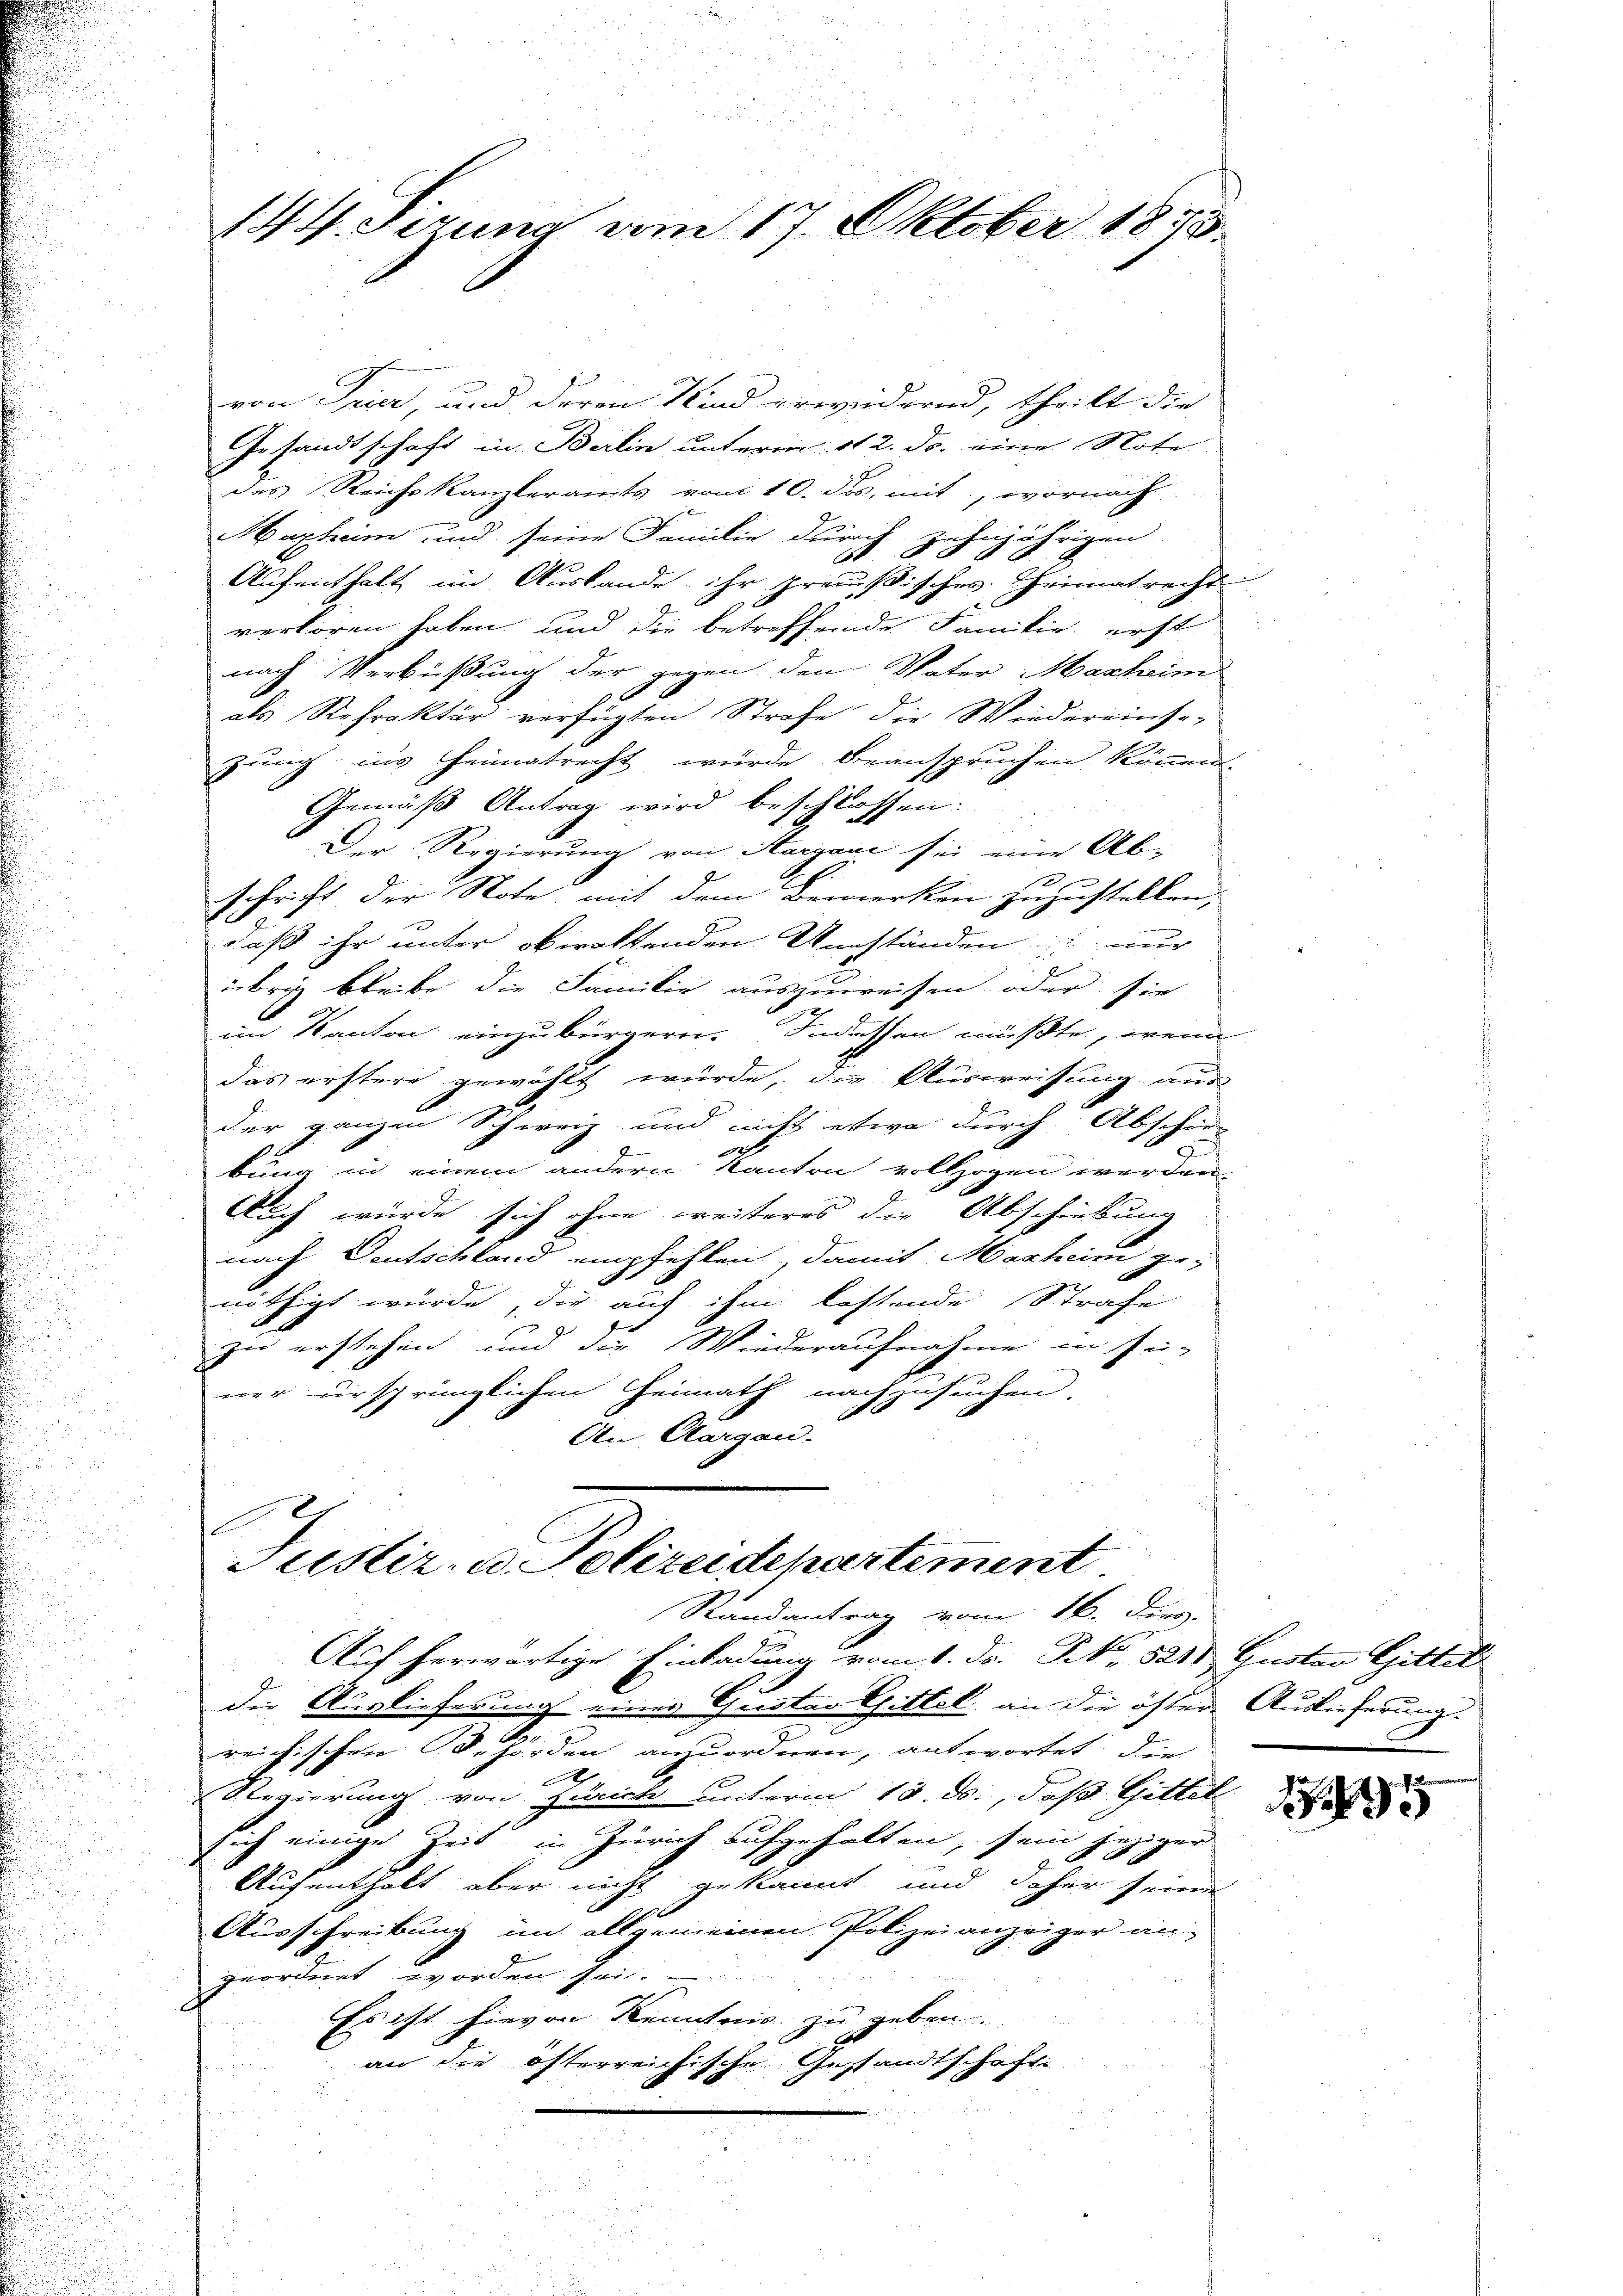
u
.

d

u
u

u

.
n

von Feier, und deren Kind erwedernd, theilt die
Gesandtschaft in Berlin unterm 12. ds. eine Note
des Reichskanzleramts vom 10. dos, mit, wornach
Mazheim und seine Familie durch zehnjährigen
Aufenthalt im Auslande ihr preußisches Theimat recht
verloren haben und die betreffende Familie erst
nach Verbüßung der gegen den Vater Masheim
als Rehraktär verfügten Strafe die Wiedereinsa-
zung ins Heimatrecht wurde beanspruchen können.
Gemäß Antrag wird beschlossen:
Der Regierung von Aargaui sei eine Ab-
schrift der Note, mit dem Bemerken zuzustellen
daß ihr unter obwaltenden Umständen nur
2
übrig bleibe die Familie auszuweisen, oder sie
im Kanton einzubürgern. Indessen müßte, wenn
das erstere gewählt würde, die Ausweisung aus
der ganzen Schweiz und nicht etwa durch Abschen
zu
x
bung in einem andern Kanton vollzogen werden.
Auch würde sich ohne weiteres die Abschiebung
nach Deutschland empfehlen, damit Marheim ge-
nöthigt wurde, die auf ihm bestende Strafe
zu erstehen und die Wiederaufnahme in sei-
ner ursprünglichen Heimath nachzusuchen.
An Clargau.
Justiz- u. Polizeidepartement
Randantrag vom 16. Der.
Auf herwärtige Einladung vom 1. Fr. No. 521 Gustav Gittel
die Auslieferung eines Grosten Sittel an die öfter Auslieferung.
reichischen Behörden anzuordnen, antwortet: die
A
Regierung von Zürich unterm 18. ds., daß Gittel
sich einige Zeit, in Zürich aufgehalten, sein jeziger
2
Aufenthalt aber nicht gekannt und daher seine
Ausschreibung in allgemeinen Polizeianzeiger angeordnet worden sei.
Es ist hievon Kenntnis zu geben.
an die öfterreichische Gestandtschaft.
u

u

144. Sezuna vom 17. Oktober 1873.

wenden ent

5